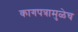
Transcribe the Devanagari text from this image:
कागपत्रामुळेच